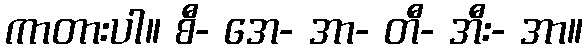
ကာတားပါ။ စီ- အေ- အာ- တီ- အီး- အာ။